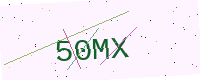
Text: 50MX